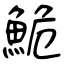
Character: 鮠